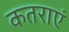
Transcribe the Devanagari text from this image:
कतराएं